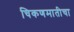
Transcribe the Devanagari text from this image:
चिकणमातीचा